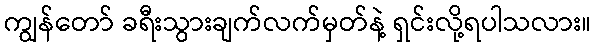
ကျွန်တော် ခရီးသွားချက်လက်မှတ်နဲ့ ရှင်းလို့ရပါသလား။